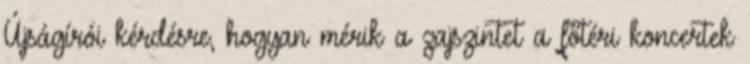
Újságírói kérdésre, hogyan mérik a zajszintet a főtéri koncertek